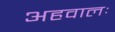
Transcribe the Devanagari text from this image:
अहवालः